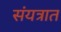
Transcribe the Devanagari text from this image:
संयत्रात